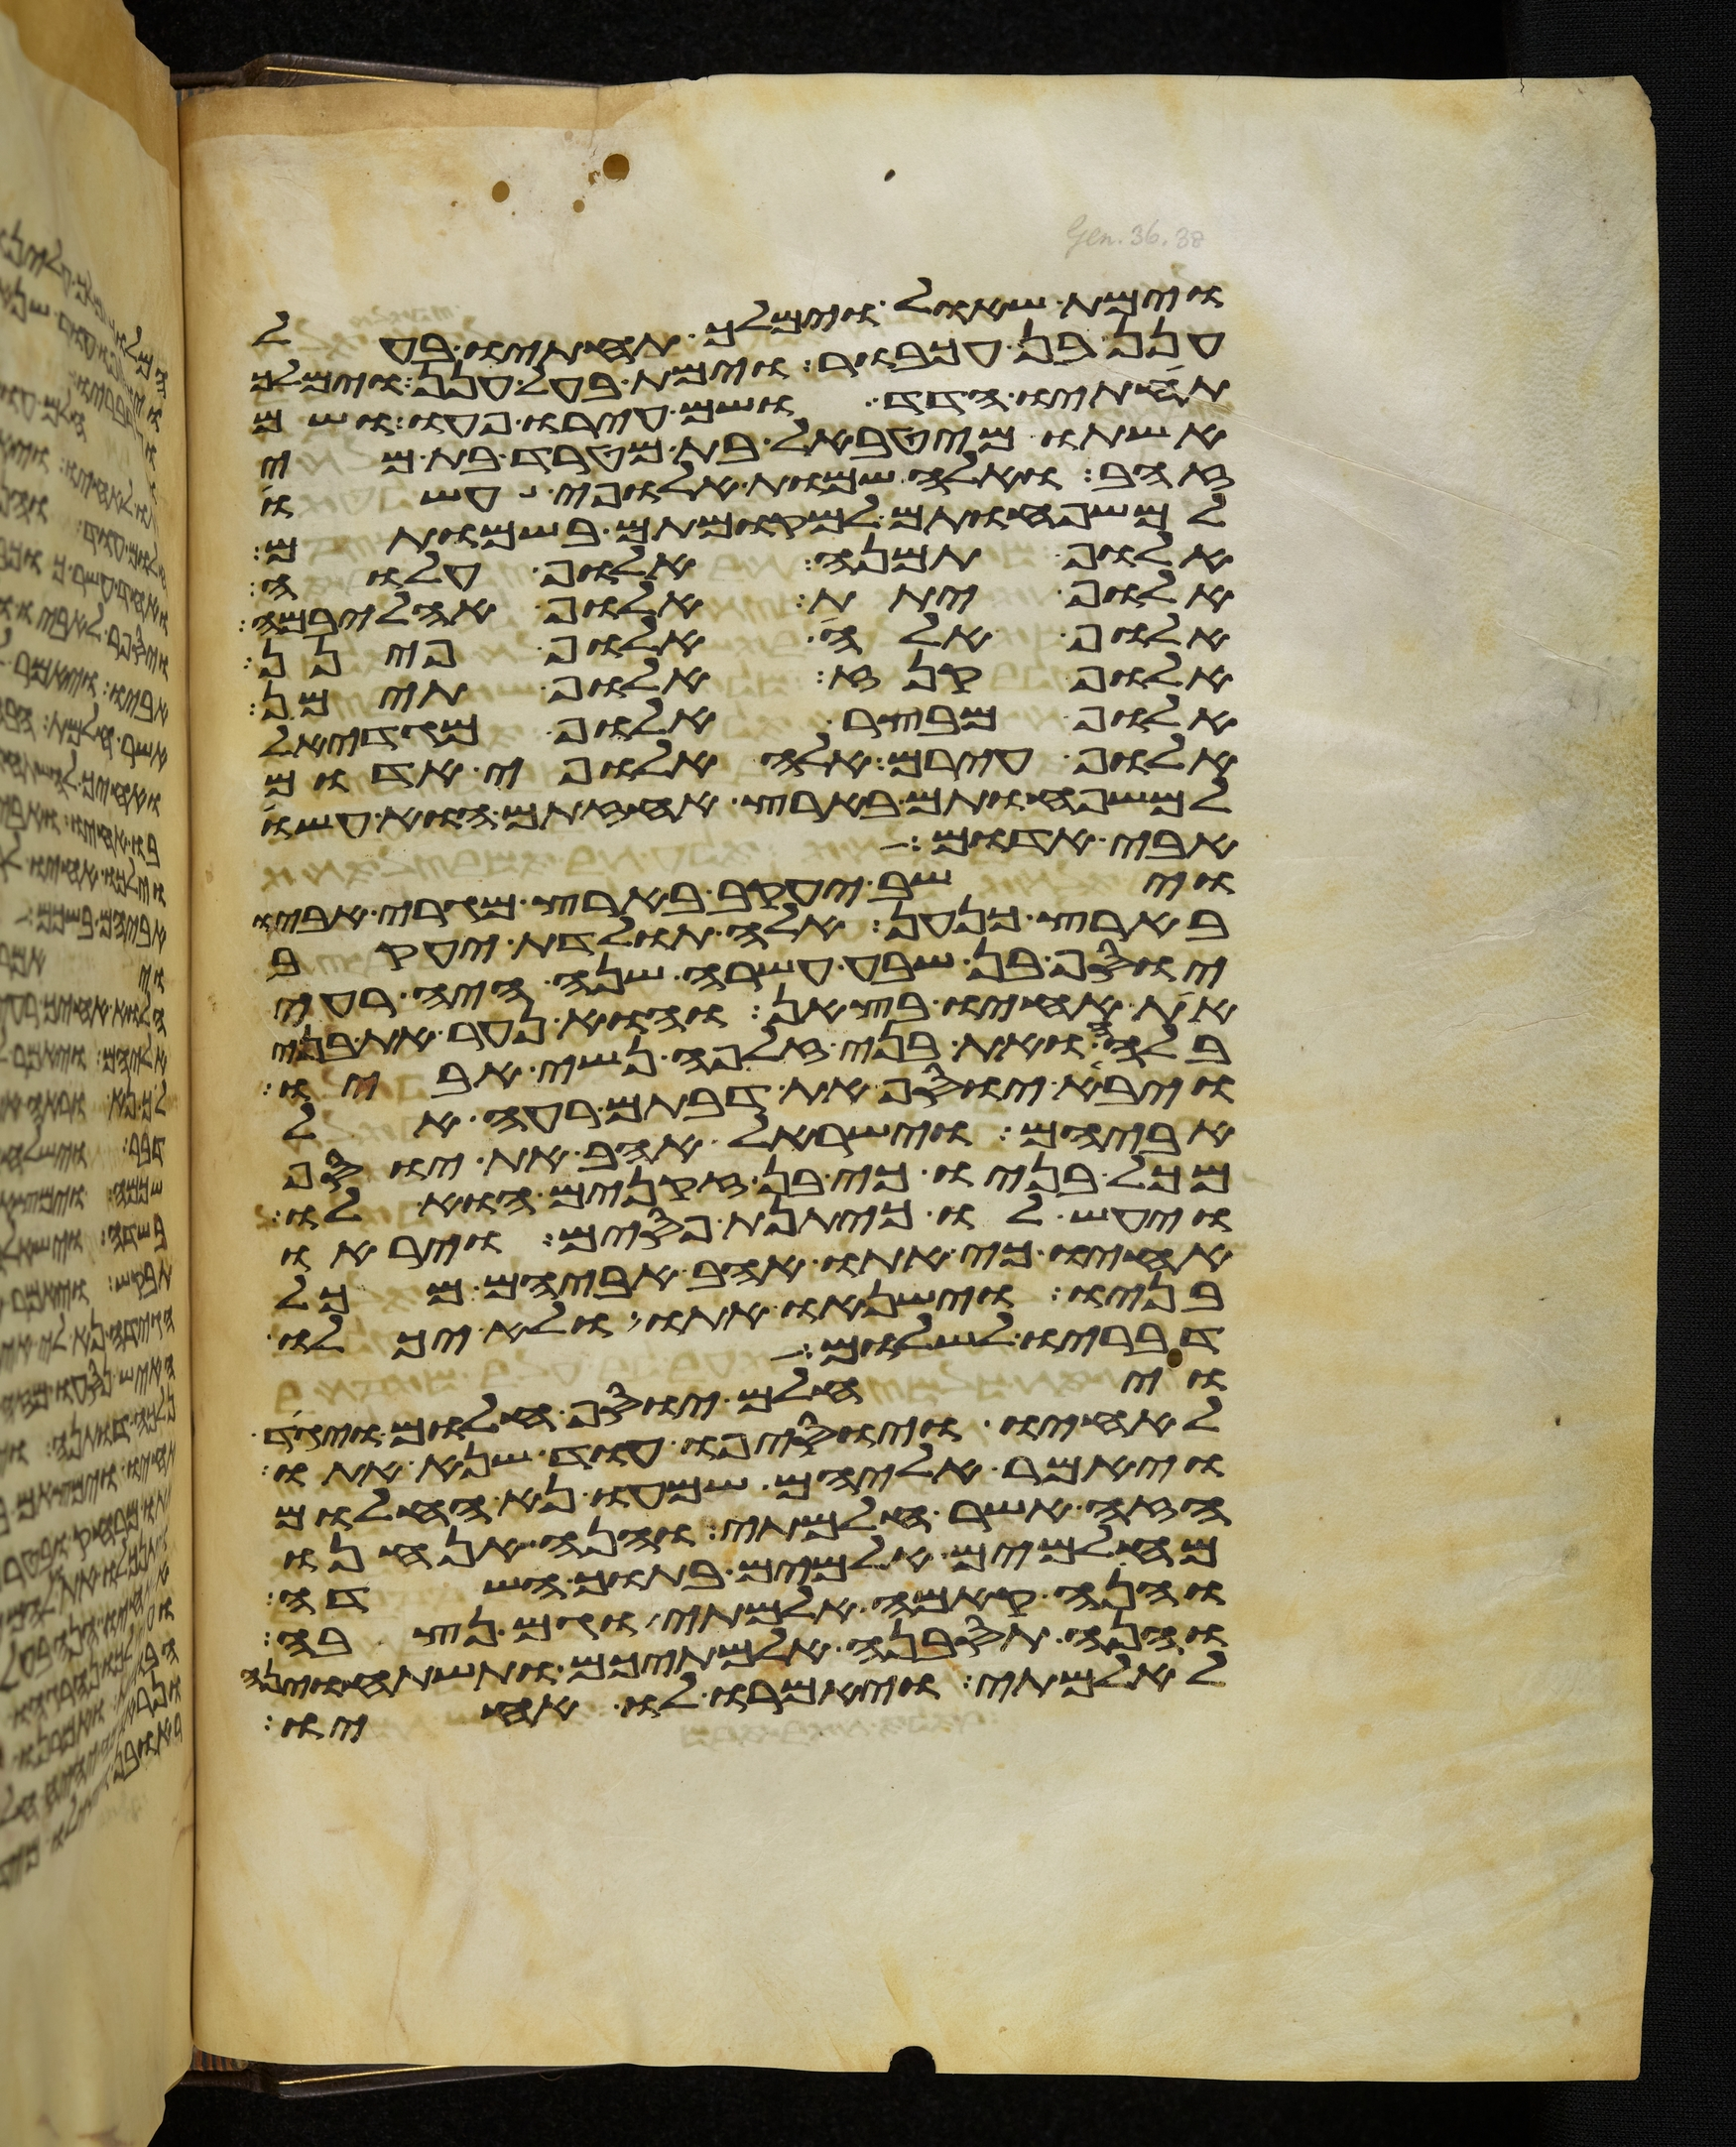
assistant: וימת שאול וימלך תחתיו בעל
חנן בן עכבור וימת בעל חנן וימלך
תחתיו הדד ושם עירו פעו ושם
אשתו מהטבאל בת מטרד בת מי
זהב ואלה שמות אלופי עשו
למשפחותם למקומותם בשמותם
אלוף תמנע אלוף עלוה
אלוף יתת אלוף אהליבמה
אלוף אלה אלוף פינן
אלוף קנז אלוף תימן
אלוף מבצר אלוף מגדאל
אלוף עירם אלה אלופי אדום
למשפחותם בארץ אחזתם הוא עשו
אבי אדום
וישב יעקב בארץ מגרי אביו
בארץ כנען אלה תולדת יעקב
יוסף בן שבע עשרה שנה היה רעה
את אחיו בצאן והוא נער את בני
בלהה ואת בני זלפה נשי אביו
ויבא יוסף את דבתם רעה אל
אביהם וישראל אהב את יוסף
מכל בניו כי בן זקנים הוא לו
ויעש לו כיתנת פסים ויראו
אחיו כי אתו אהב אביהם מכל
בניו וישנאו אתו ולא יכלו
דבריו לשלום
ויחלם יוסף חלום ויגד
לאחיו ויוסיפו עוד שנא אתו
ויאמר אליהם שמעו נא החלום
הזה אשר חלמתי והנה אנחנו
מאלמים אלמים בתוך השדה
והנה קמה אלמתי וגם נצבה
והנה תסבנה אלמתיכם ותשתחוינה
לאלמתי ויאמרו לו אחיו